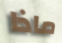
ماذا